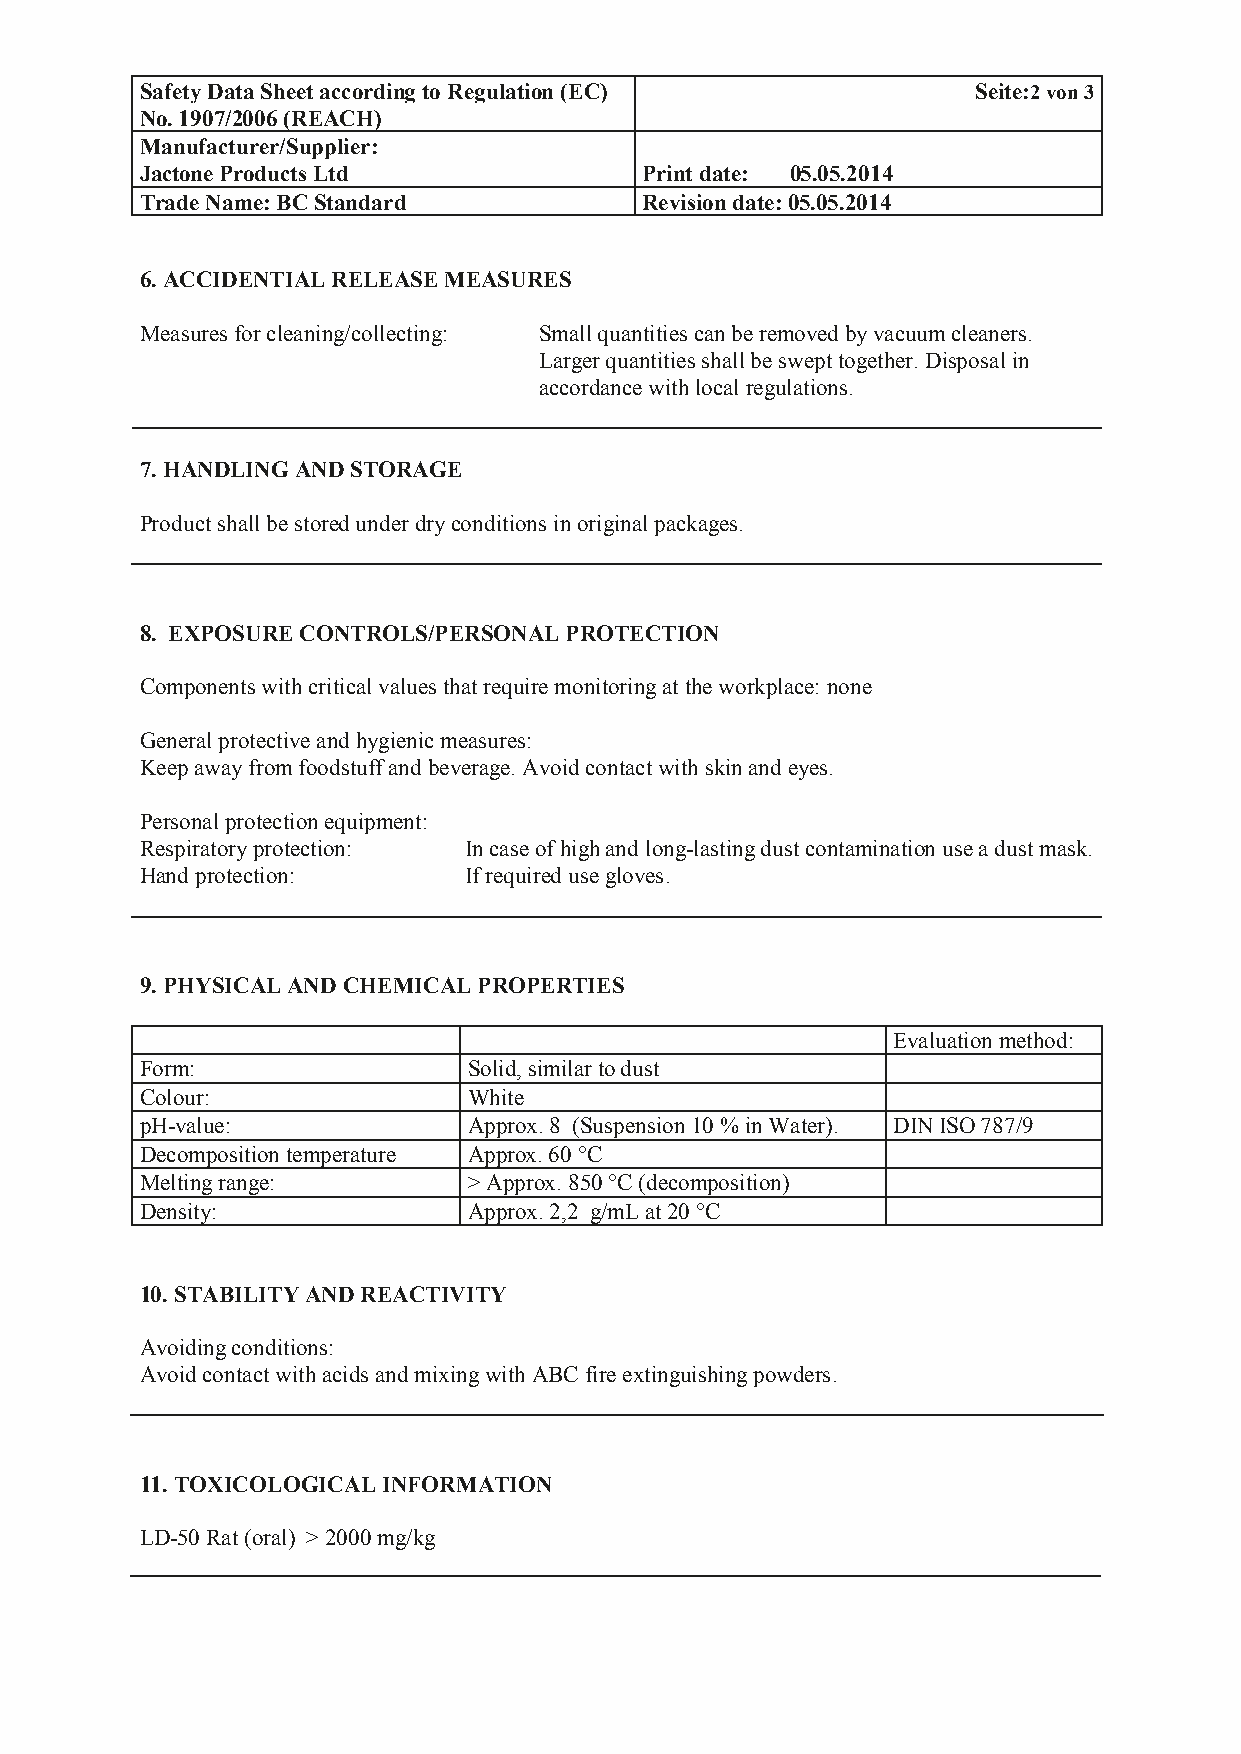
Safety Data Sheet according to Regulation (EC)         S e i t e : 2 v o n 3
 No. 1907/2006 (REACH)
 Manufacturer/Supplier:
 Jactone Products Ltd             Print date: 05.05.2014
 Trade Name: BC Standard          Revision date: 05.05.2014
 6. ACCIDENTIAL RELEASE MEASURES
 Measures for cleaning/collecting: Small quantities can be removed by vacuum cleaners.
 Larger quantities shall be swept together. Disposal in
 accordance with local regulations.
 7. HANDLING AND STORAGE
 Product shall be stored under dry conditions in original packages.
 8. EXPOSURE CONTROLS/PERSONAL PROTECTION
 Components with critical values that require monitoring at the workplace: none
 General protective and hygienic measures:
 Keep away from foodstuff and beverage. Avoid contact with skin and eyes.
 Personal protection equipment:
 Respiratory protection: In case of high and long-lasting dust contamination use a dust mask.
 Hand protection:      If required use gloves.
 9. PHYSICAL AND CHEMICAL PROPERTIES
 Evaluation method:
 Form:                 Solid, similar to dust
 Colour:               White
 pH-value:             Approx. 8 (Suspension 10 % in Water). DIN ISO 787/9
 Decomposition temperature Approx. 60 °C
 Melting range:        > Approx. 850 °C (decomposition)
 Density:              Approx. 2,2 g/mL at 20 °C
 10. STABILITY AND REACTIVITY
 Avoiding conditions:
 Avoid contact with acids and mixing with ABC fire extinguishing powders.
 11. TOXICOLOGICAL INFORMATION
 LD-50 Rat (oral) > 2000 mg/kg